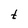
Character: t